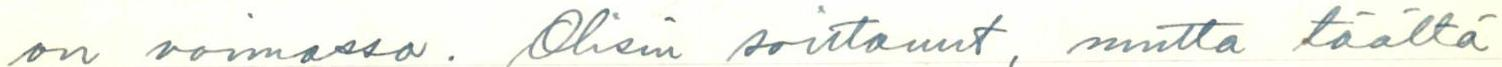
on voimassa. Olisin soittanut, mutta täältä